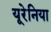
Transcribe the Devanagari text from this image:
यूरेनिया